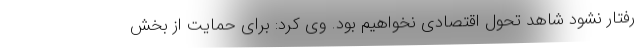
رفتار نشود شاهد تحول اقتصادی نخواهیم بود. وی کرد: برای حمایت از بخش